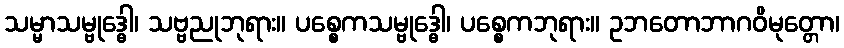
သမ္မာသမ္ဗုဒ္ဓေါ၊ သဗ္ဗညုဘုရား။ ပစ္စေကသမ္ဗုဒ္ဓေါ၊ ပစ္စေကဘုရား။ ဥဘတောဘာဂဝိမုတ္တော၊